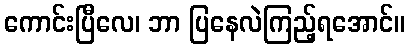
ကောင်းပြီလေ၊ ဘာ ပြနေလဲကြည့်ရအောင်။